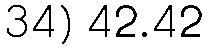
34) 42.42